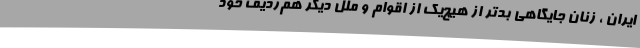
ایران ، زنان جایگاهی بدتر از هیچ‌یک از اقوام و ملل دیگر هم‌ردیف خود